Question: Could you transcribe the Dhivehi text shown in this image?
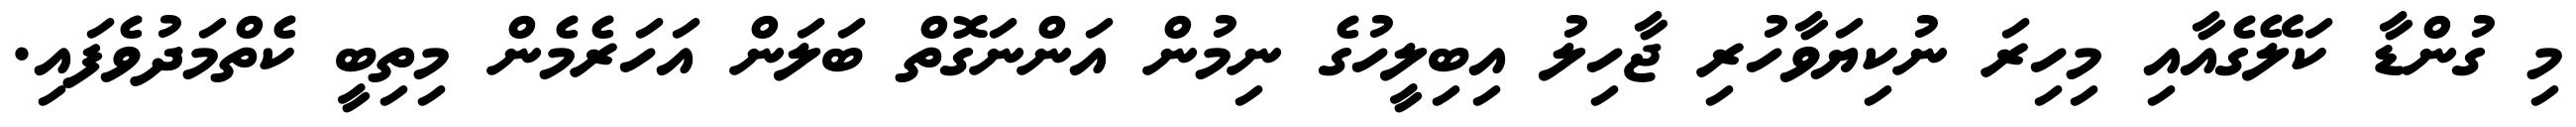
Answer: މި ގުންޑާ ކަލޭގެއާއި މިހިރަ ނުކިޔަވާހުރި ޖާހިލު އިބިލީހުގެ ނިމުން އަންނަގޮތް ބަލަން އަހަރެމެން މިތިބީ ކެތްމަދުވެފައި.